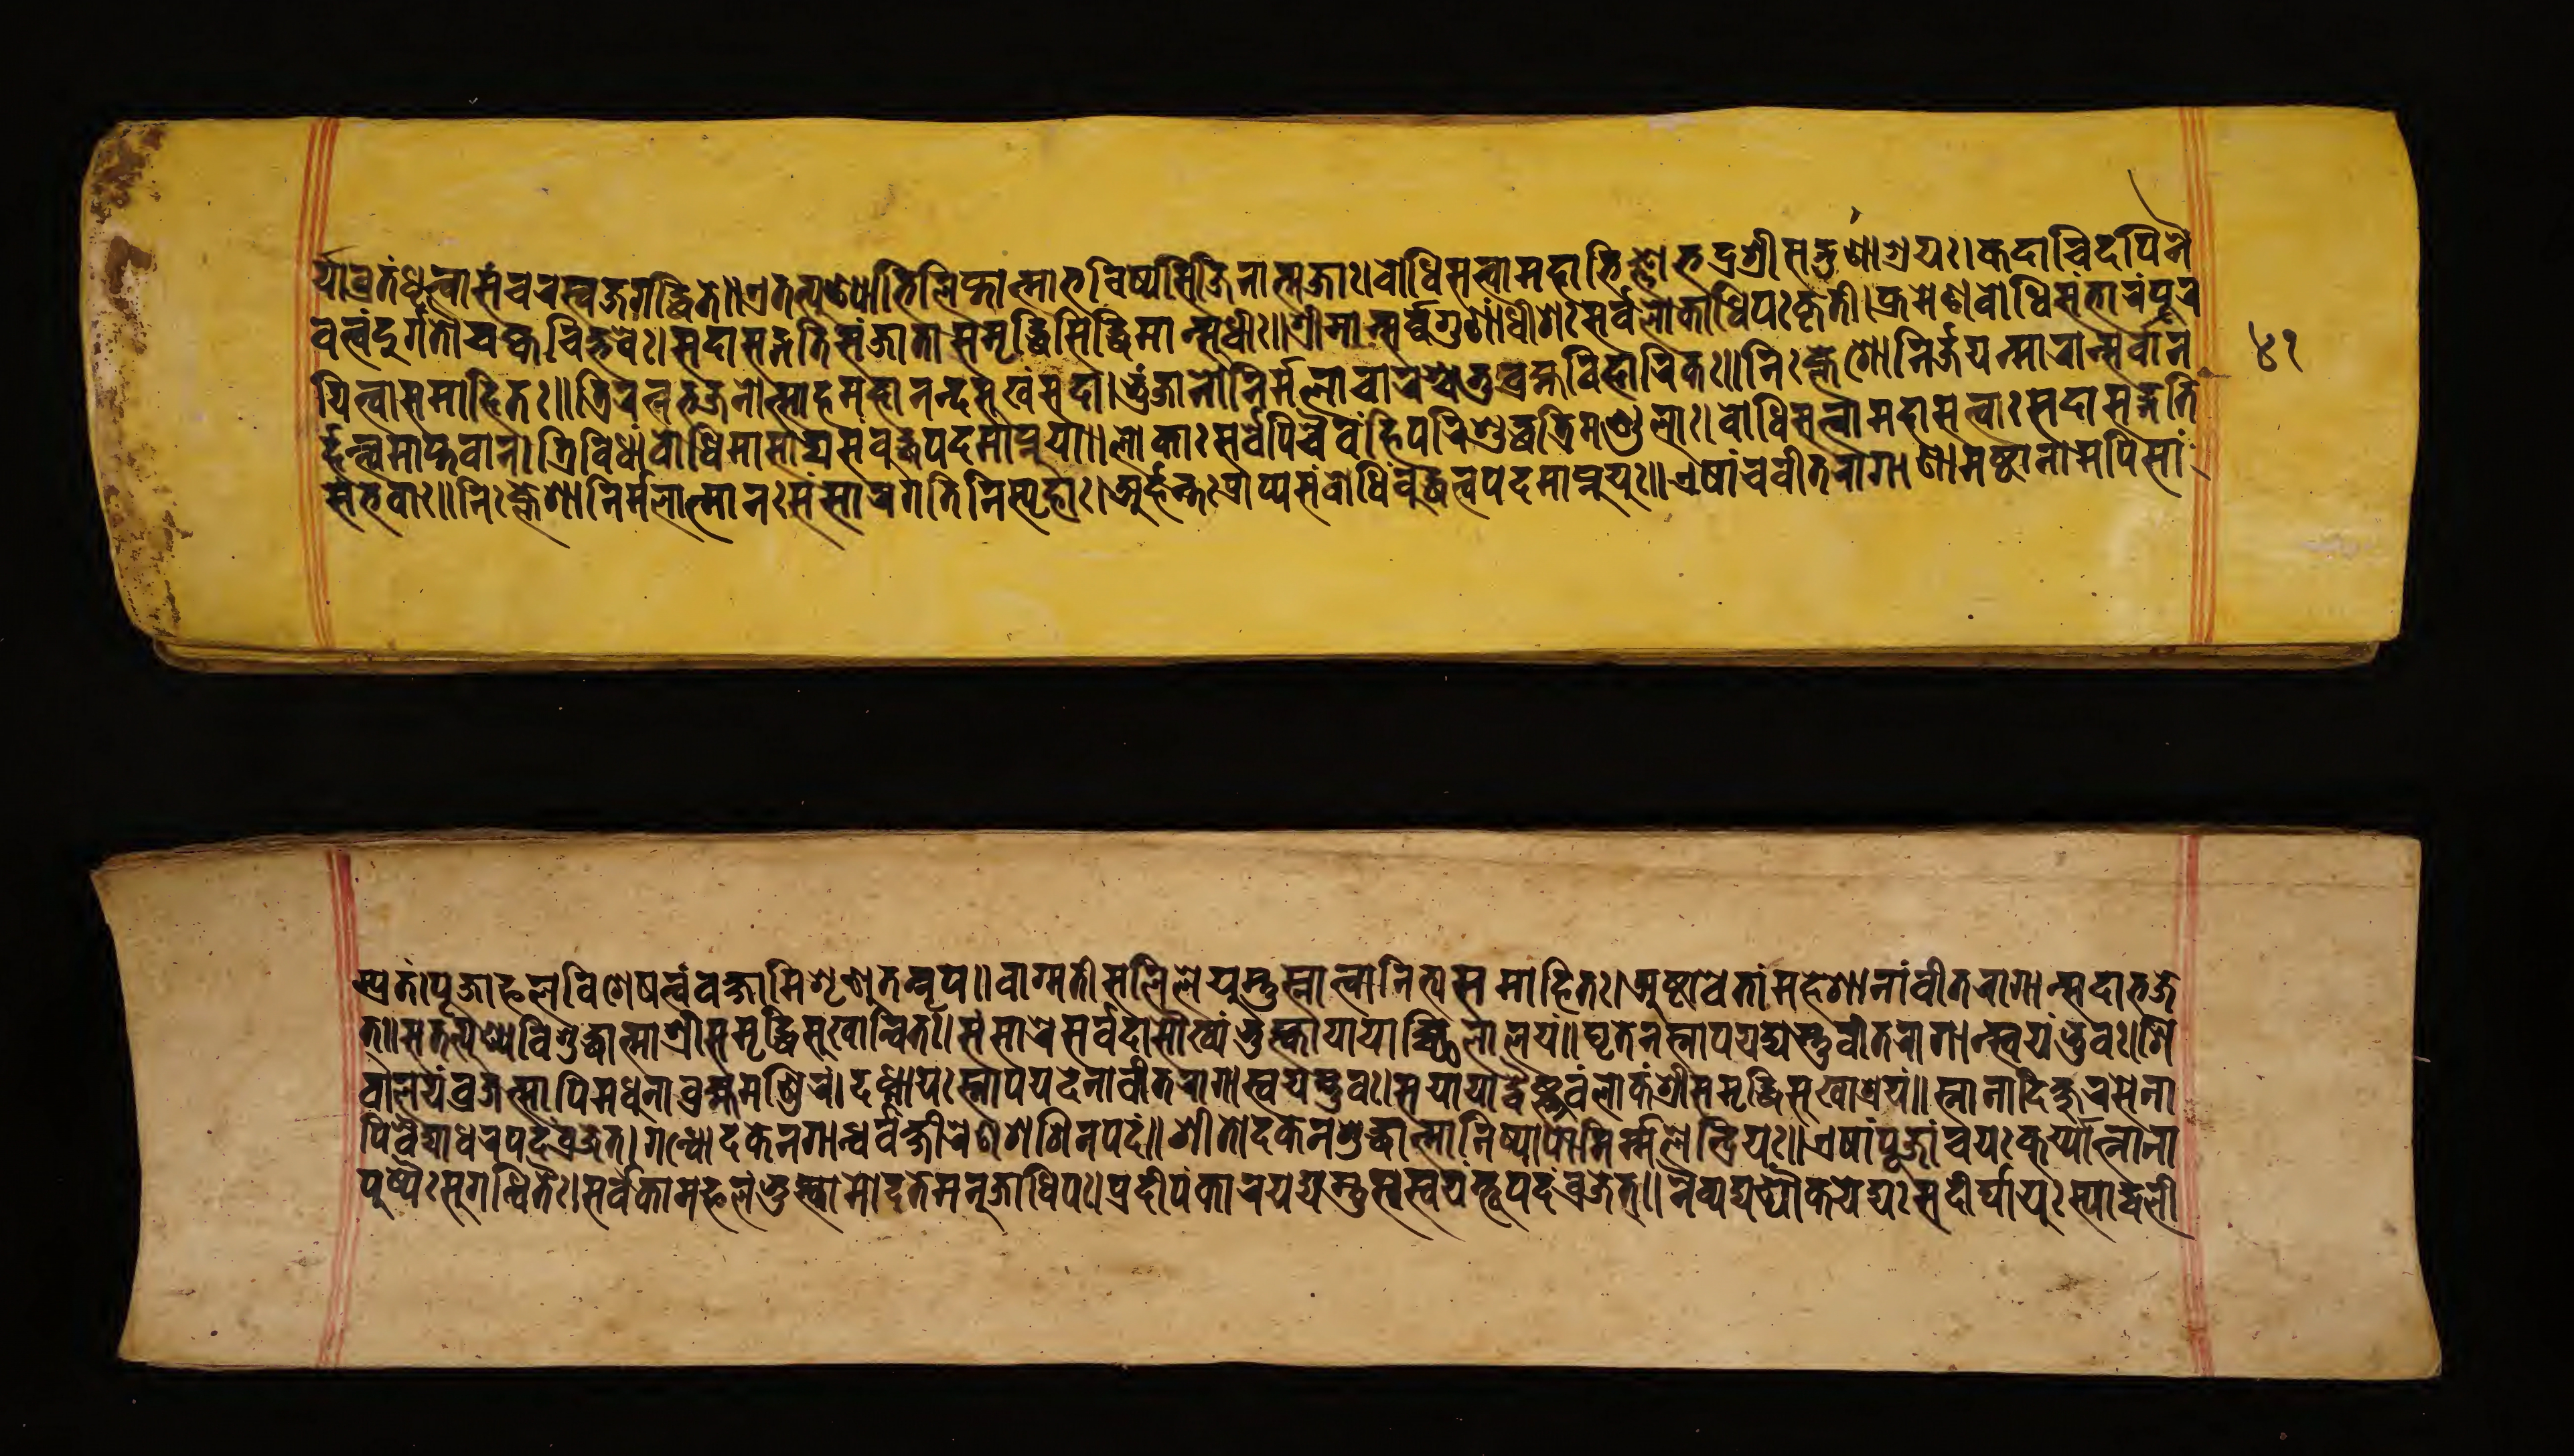
𑐬𑑂𑐫𑐵𑐰𑑂𑐬𑐟𑑄𑐢𑐺𑐟𑑂𑐰𑐵𑐳𑑄𑐔𑐬𑐳𑑂𑐰𑐖𑐐𑐡𑑂𑐢𑐶𑐟𑐾॥𑐊𑐟𑐟𑑂𑐥𑐸𑐞𑑂𑐫𑐵𑐨𑐶𑐮𑐶𑐥𑑂𑐟𑐵𑐟𑑂𑐩𑐵𑐨𑐰𑐶𑐲𑑂𑐫𑐳𑐶𑐖𑐶𑐣𑐵𑐟𑑂𑐩𑐖𑑅॥𑐧𑑀𑐢𑐶𑐳𑐟𑑂𑐟𑑂𑐰𑐩𑐴𑐵𑐨𑐶𑐖𑑂𑐘𑐵𑐨𑐡𑑂𑐬𑐱𑑂𑐬𑐷𑐳𑐡𑑂𑐐𑐸𑐞𑐵𑐱𑑂𑐬𑐫𑑅।𑐎𑐡𑐵𑐔𑐶𑐡𑐥𑐶𑐣𑐿 𑐰𑐟𑑂𑐰𑑄𑐡𑐸𑐬𑑂𑐐𑐟𑑁𑐔𑐎𑑂𑐰𑐔𑐶𑐟𑑂𑐳𑐬𑐾𑑅॥𑐳𑐡𑐵𑐳𑐡𑑂𑐐𑐟𑐶𑐳𑑄𑐖𑐵𑐟𑑀𑑅𑐳𑐩𑐺𑐡𑑂𑐢𑐶𑐳𑐶𑐡𑑂𑐢𑐶𑐩𑐵𑐣𑑂𑐳𑐸𑐢𑐷𑑅॥𑐱𑑂𑐬𑐷𑐩𑐵𑐣𑑂𑐳𑐬𑑂𑐰𑐐𑐸𑐞𑐵𑐢𑐷𑐱𑑅𑐳𑐬𑑂𑐰𑐮𑑀𑐎𑐵𑐢𑐶𑐥𑑅𑐎𑐺𑐟𑐶।𑐎𑑂𑐬𑐩𑐾𑐞𑐧𑑀𑐢𑐶𑐳𑑄𑐨𑐵𑐬𑑄𑐥𑐹𑐬 𑐫𑐶𑐟𑑂𑐰𑐵𑐳𑐩𑐵𑐴𑐶𑐟𑑅।𑐟𑑂𑐬𑐶𑐬𑐟𑑂𑐣𑐨𑐖𑐣𑑀𑐟𑑂𑐳𑐵𑐴𑐩𑐴𑐵𑐣𑐣𑑂𑐡𑐳𑐸𑐏𑑄𑐳𑐡𑐵।𑐨𑐸𑑄𑐖𑐵𑐣𑐵𑐣𑐶𑐬𑑂𑐩𑑂𑐩𑐮𑐵𑐔𑐵𑐬𑐱𑑂𑐔𑐟𑐸𑐬𑑂𑐧𑑂𑐬𑐴𑑂𑐩𑐰𑐶𑐴𑐵𑐬𑐶𑐞𑑅॥𑐣𑐶𑑅𑐎𑑂𑐮𑐾𑐱𑑀𑐣𑐶𑐬𑑂𑐖𑐫𑐣𑑂𑐩𑐵𑐬𑐵𑐣𑑂𑐳𑐬𑑂𑐰𑐵𑐣 𑐬𑑂𑐴𑐣𑑂𑐟𑑂𑐰𑐩𑐵𑐥𑑂𑐟𑐰𑐵𑐣𑑂।𑐟𑑂𑐬𑐶𑐰𑐶𑐢𑐵𑑄𑐧𑑀𑐢𑐶𑐩𑐵𑐳𑐵𑐡𑑂𑐫𑐳𑑄𑐧𑐸𑐡𑑂𑐢𑐥𑐡𑐩𑐵𑐥𑑂𑐣𑐸𑐫𑐵𑑅।𑐮𑑀𑐎𑐵𑑅𑐳𑐬𑑂𑐰𑐾𑐥𑐶𑐔𑐿𑐰𑑄𑐴𑐶𑐥𑐬𑐶𑐱𑐸𑐡𑑂𑐢𑐟𑑂𑐬𑐶𑐩𑐞𑑂𑐜𑐮𑐵𑑅।𑐧𑑀𑐢𑐶𑐳𑐟𑑂𑐟𑑂𑐰𑐵𑐩𑐴𑐵𑐳𑐟𑑂𑐟𑑂𑐰𑐵𑑅𑐳𑐡𑐵𑐳𑐡𑑂𑐐𑐟𑐶 𑐳𑑄𑐨𑐰𑐵𑑅॥𑐣𑐶𑑅𑐎𑑂𑐮𑐾𑐱𑐵𑐣𑐶𑐬𑑂𑐩𑑂𑐩𑐮𑐵𑐟𑑂𑐩𑐵𑐣𑑅𑐳𑑄𑐳𑐵𑐬𑐐𑐟𑐶𑐣𑐶𑑅𑐳𑑂𑐥𑐺𑐴𑐵॥𑐀𑐬𑑂𑐴𑐣𑑂𑐟𑐟𑑂𑐬𑐶𑐰𑐶𑐢𑐵𑐳𑐩𑑂𑐧𑑀𑐢𑐶𑑄𑐥𑑂𑐬𑐵𑐥𑑂𑐫𑐧𑐸𑐡𑑂𑐢𑐟𑑂𑐰𑐩𑐵𑐥𑑂𑐣𑐸𑐫𑐸𑑅॥𑐊𑐲𑐵𑑄𑐔𑐰𑐷𑐟𑐬𑐵𑐐𑐵𑐣𑐵𑑄𑐀𑐲𑑂𑐚𑐵𑐣𑐵𑐩𑐥𑐶𑐳𑐵𑑄 𑐥𑑂𑐬𑐟𑑄।𑐥𑐹𑐖𑐵𑐦𑐮𑐰𑐶𑐱𑐾𑐲𑐟𑑂𑐰𑑄𑐰𑐎𑑂𑐲𑑂𑐫𑐵𑐩𑐶𑐱𑐺𑐞𑐸𑐟𑐣𑑂𑐣𑐺𑐥𑑅॥𑐰𑐵𑐐𑑂𑐩𑐟𑐶𑐳𑐮𑐶𑐮𑐾𑐫𑐳𑑂𑐟𑐸𑐳𑑂𑐣𑐵𑐟𑑂𑐰𑐵𑐣𑐶𑐟𑑂𑐫𑑄𑐳𑐩𑐵𑐴𑐶𑐟𑑅।𑐀𑐲𑑂𑐚𑐵𑐰𑐾𑐟𑐵𑐣𑑂𑐩𑐴𑐾𑐱𑐵𑐣𑑂𑐰𑐷𑐟𑐬𑐵𑐐𑐵𑐣𑑂𑐳𑐡𑐵𑐨𑐖𑐾 𑐟𑑂॥𑐫𑐟𑐟𑑂𑐥𑐸𑐞𑑂𑐫𑐰𑐶𑐱𑐸𑐡𑑂𑐢𑐵𑐟𑑂𑐩𑐵𑐱𑑂𑐬𑐷𑐳𑐩𑐺𑐡𑑂𑐢𑐶𑐳𑐸𑐏𑐵𑐣𑑂𑐰𑐶𑐟𑑅।𑐳𑑄𑐳𑐵𑐬𑐾𑐳𑐬𑑂𑐰𑐡𑐵𑐳𑑁𑐏𑑂𑐫𑑄𑐨𑐸𑐎𑑂𑐟𑑂𑐰𑐵𑐫𑐵𑐫𑐵𑐔𑑂𑐕𑐶𑐰𑐵𑐮𑐫𑑄॥𑐑𑐺𑐟𑐾𑐣𑐳𑑂𑐣𑐵𑐥𑐫𑐾𑐟𑑂𑐫𑐳𑑂𑐟𑐸𑐰𑐷𑐟𑐬𑐵𑐐𑐵𑐣𑑂𑐳𑑂𑐰𑐫𑑄𑐨𑐹𑐰𑑅।𑐱𑐶 𑐰𑐵𑐮𑐫𑑄𑐰𑑂𑐬𑐖𑐾𑐟𑑂𑐳𑑀𑑇𑐥𑐶𑐩𑐢𑐸𑐬𑐵𑐧𑑂𑐬𑐴𑑂𑐩𑐩𑐣𑑂𑐡𑐶𑐬𑑄।𑐡𑐢𑑂𑐣𑐵𑐫𑑅𑐳𑑂𑐣𑐵𑐥𑐫𑐾𑐡𑑂𑐡𑐾𑐰𑐵𑐣𑑂𑐰𑐷𑐟𑐬𑐵𑐐𑐵𑐣𑑂𑐳𑑂𑐰𑐫𑑄𑐨𑐸𑐰॥𑐳𑐫𑐵𑐫𑐵𑐡𑑂𑐰𑐿𑐲𑑂𑐞𑐰𑑄𑐮𑑀𑐎𑑄𑐱𑑂𑐬𑐷𑐳𑐩𑐺𑐡𑑂𑐢𑐶𑐳𑐸𑐏𑐵𑐱𑑂𑐬𑐫𑑄॥𑐳𑑂𑐣𑐵𑐣𑐵𑐡𑐶𑐎𑑂𑐲𑐸𑐬𑐳𑐾𑐣𑐵 𑐥𑐶𑐰𑐶𑐡𑑂𑐫𑐵𑐢𑐬𑑄𑐥𑐡𑑄𑐰𑑂𑐬𑐖𑐾𑐟𑑂॥𑐐𑐣𑑂𑐢𑑀𑐡𑐎𑐾𑐣𑐐𑐵𑐣𑑂𑐢𑐬𑑂𑐰𑐎𑑂𑐲𑐷𑐬𑐾𑐞𑐱𑐱𑐶𑐣𑑅𑐥𑐡𑑄॥𑐱𑐷𑐟𑑀𑐡𑐎𑐾𑐣𑐱𑐸𑐡𑑂𑐢𑐵𑐟𑑂𑐩𑐵𑐣𑐶𑐲𑑂𑐥𑐵𑐥𑐵𑐣𑐶𑐬𑑂𑐩𑐮𑐾𑐣𑑂𑐡𑑂𑐬𑐶𑐫𑑅॥𑐊𑐲𑐵𑑄𑐥𑐹𑐖𑐵𑑄𑐔𑐫𑑅𑐎𑐸𑐬𑑂𑐫𑐵𑐣𑑂𑐣𑐵𑐣𑐵 𑐥𑐸𑐲𑑂𑐥𑐿𑑅𑐳𑐸𑐐𑐣𑑂𑐢𑐶𑐟𑐿𑑅।𑐳𑐬𑑂𑐰𑐎𑐵𑐩𑐳𑐸𑐏𑑄𑐨𑐸𑐎𑑂𑐟𑑂𑐰𑐵𑐩𑑀𑐡𑐟𑐾𑐩𑐣𑐸𑐖𑐵𑐢𑐶𑐥𑑅॥𑐥𑑂𑐬𑐡𑐷𑐥𑑄𑐎𑐵𑐬𑐫𑐡𑑂𑐫𑐳𑑂𑐠𑐸𑐳𑐳𑑂𑐰𑐫𑑄𑐨𑐹𑐫𑐡𑑄𑐰𑑂𑐬𑐖𑐾𑐟𑑂॥𑐣𑐿𑐰𑐾𑐡𑑂𑐫𑑄𑐝𑑀𑐎𑐫𑐾𑐡𑑂𑐫𑑅𑐳𑐡𑐷𑐬𑑂𑐢𑐵𑐫𑐸𑑅𑐳𑑂𑐫𑐵𑐡𑑂𑐰𑐮𑐷 𑑔𑑑